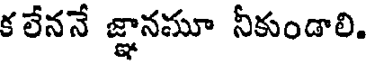
క లేననే జ్ఞానమూ నీకుండాలి.